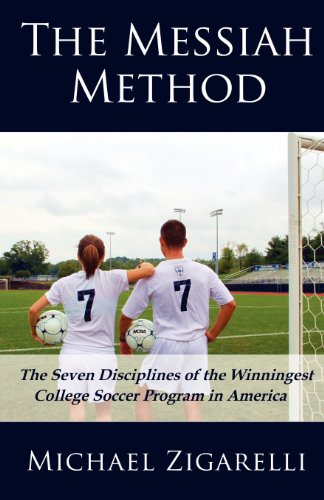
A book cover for The Messiah Method: The Seven Disciplines of the Winningest College Soccer Program in America; Michael A. Zigarelli; Sports & Outdoors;